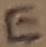
Text: E